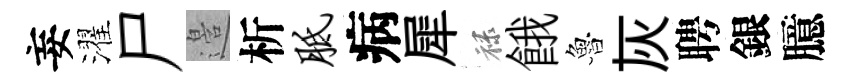
妄濯尸邉析胝病犀禄餓魯灰聘銀臆